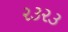
૨૩૨૩